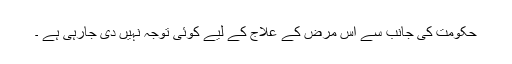
حکومت کی جانب سے اس مرض کے علاج کے لیے کوئی توجہ نہیں دی جارہی ہے ۔